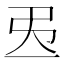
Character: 𢎮